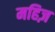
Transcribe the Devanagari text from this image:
महिज़